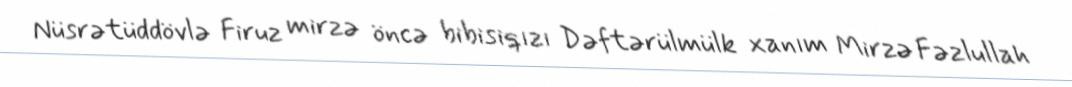
Nüsrətüddövlə Firuz mirzə öncə bibisiqızı Dəftərülmülk xanım Mirzə Fəzlullah